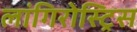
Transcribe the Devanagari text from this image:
लांगिरोस्ट्रिस